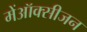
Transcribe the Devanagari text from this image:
मेंऑक्सीजन